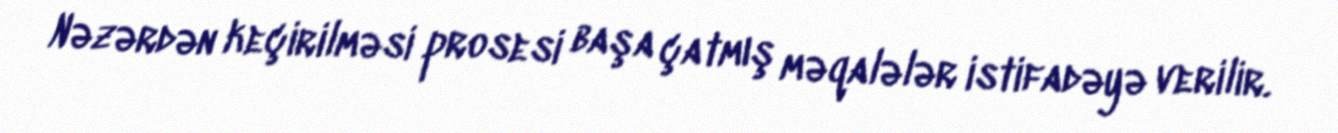
Nəzərdən keçirilməsi prosesi başa çatmış məqalələr istifadəyə verilir.